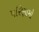
૫રિણામો